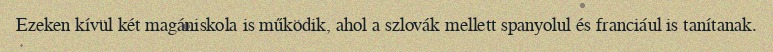
Ezeken kívül két magániskola is működik, ahol a szlovák mellett spanyolul és franciául is tanítanak.